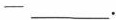
—___.